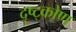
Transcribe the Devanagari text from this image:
दृष्ट्कोण